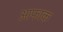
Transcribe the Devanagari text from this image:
आफाक